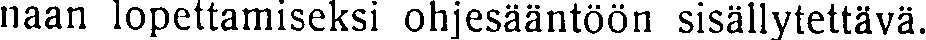
naan lopettamiseksi ohjesääntöön sisällytettävä.